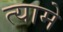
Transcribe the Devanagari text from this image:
त्यामे